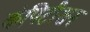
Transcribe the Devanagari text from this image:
कंपिटीशन